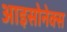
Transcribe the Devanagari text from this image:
आइसोनेक्स